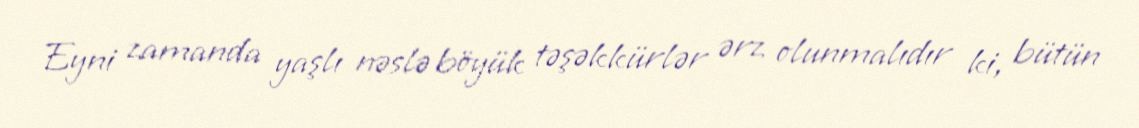
Eyni zamanda yaşlı nəslə böyük təşəkkürlər ərz olunmalıdır ki, bütün